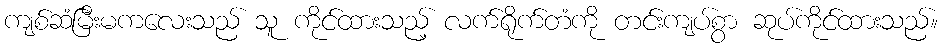
ကျစ်ဆံမြီးမကလေးသည် သူ ကိုင်ထားသည့် လက်ရိုက်တံကို တင်းကျပ်စွာ ဆုပ်ကိုင်ထားသည်။